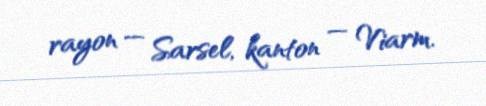
rayon — Sarsel, kanton — Viarm.